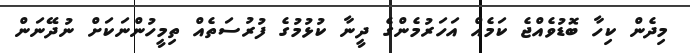
މިދެން ކިހާ ބޮޑުވެއްޖެ ކަމެއް އަހަރުމެންގެ ދީނާ ކުޅުމުގެ ފުރުސަތެއް ތިމީހުންނަކަށް ނުދޭނަން